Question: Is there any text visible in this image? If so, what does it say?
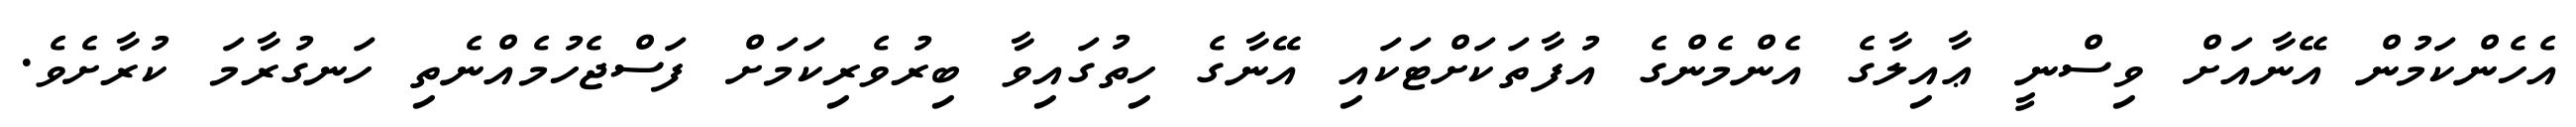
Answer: އެހެންކަމުން އޭނާއަށް ވިސްނީ ޢާއިލާގެ އެންމެންގެ އުފާތަކަށްޓަކައި އޭނާގެ ހިތުގައިވާ ބިރުވެރިކަމަށް ފަސްޖެހުމެއްނެތި ހަނގުރާމަ ކުރާށެވެ.